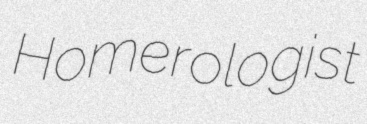
Homerologist